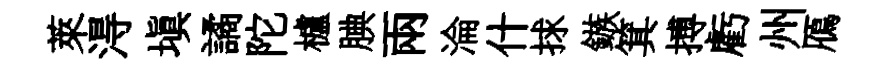
萊淂填譎陀櫨腆兩淪什捄鏃箕搏虧州鴈